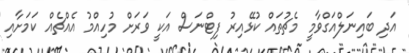
އަދި ބައިނަލްއަގްވާމީ މެޗުތައް ކުޅޭއިރު ފިޓްނަސް އަކީ ވަރަށް މުހިއްމު އެއްޗެއް ކަމަށާއި